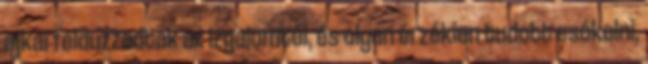
ajkai felduzzadtak az izgalomtól, és olyan érzékien tudott csókolni,